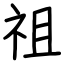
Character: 祖